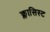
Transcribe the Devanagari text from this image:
क्लासिस्ट